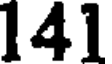
141